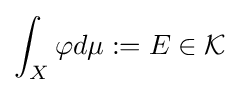
\int _{X}\varphi d\mu :=E\in {\mathcal {K}}